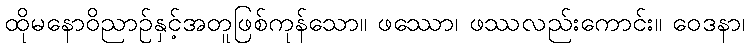
ထိုမနောဝိညာဉ်နှင့်အတူဖြစ်ကုန်သော။ ဖဿော၊ ဖဿလည်းကောင်း။ ဝေဒနာ၊